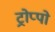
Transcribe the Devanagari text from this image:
ट्रोप्पो